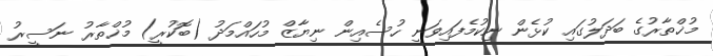
މުޚްތާރުގެ ބަދަލުގައި ކުޅެން ނިކުމެފައިވަނީ ހުސެއިން ނިޔާޒް މުހައްމަދު (ބޮކުރީ) މުޚްތާރު ނަސީރު